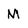
Character: M